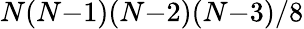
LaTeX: N(N{-}1)(N{-}2)(N{-}3)/8